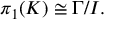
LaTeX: \pi _ { 1 } ( K ) \cong \Gamma / I .